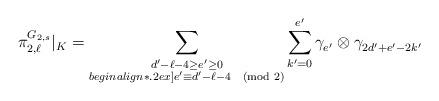
LaTeX: \begin{align*}\pi^{G_{2,s}}_{2,\ell}|_K = \sum_{\substack{d'-\ell-4 \ge e'\ge 0\\begin{align*}.2ex] e'\equiv d'-\ell-4\pmod{2}}} \sum_{k'=0}^{e'}\gamma^{}_{e'} \otimes \gamma_{2d'+e'-2k'}^{}\end{align*}